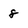
Character: 8